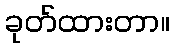
ခုတ်ထားတာ။